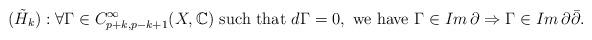
LaTeX: \begin{align*}(\tilde{H}_k): \forall\Gamma\in C_{p+k,p-k+1}^\infty (X,\mathbb{C}) \mbox{ such that } d\Gamma=0, \mbox{ we have } \Gamma\in Im\, \partial \Rightarrow \Gamma\in Im\, \partial\bar{\partial}.\end{align*}